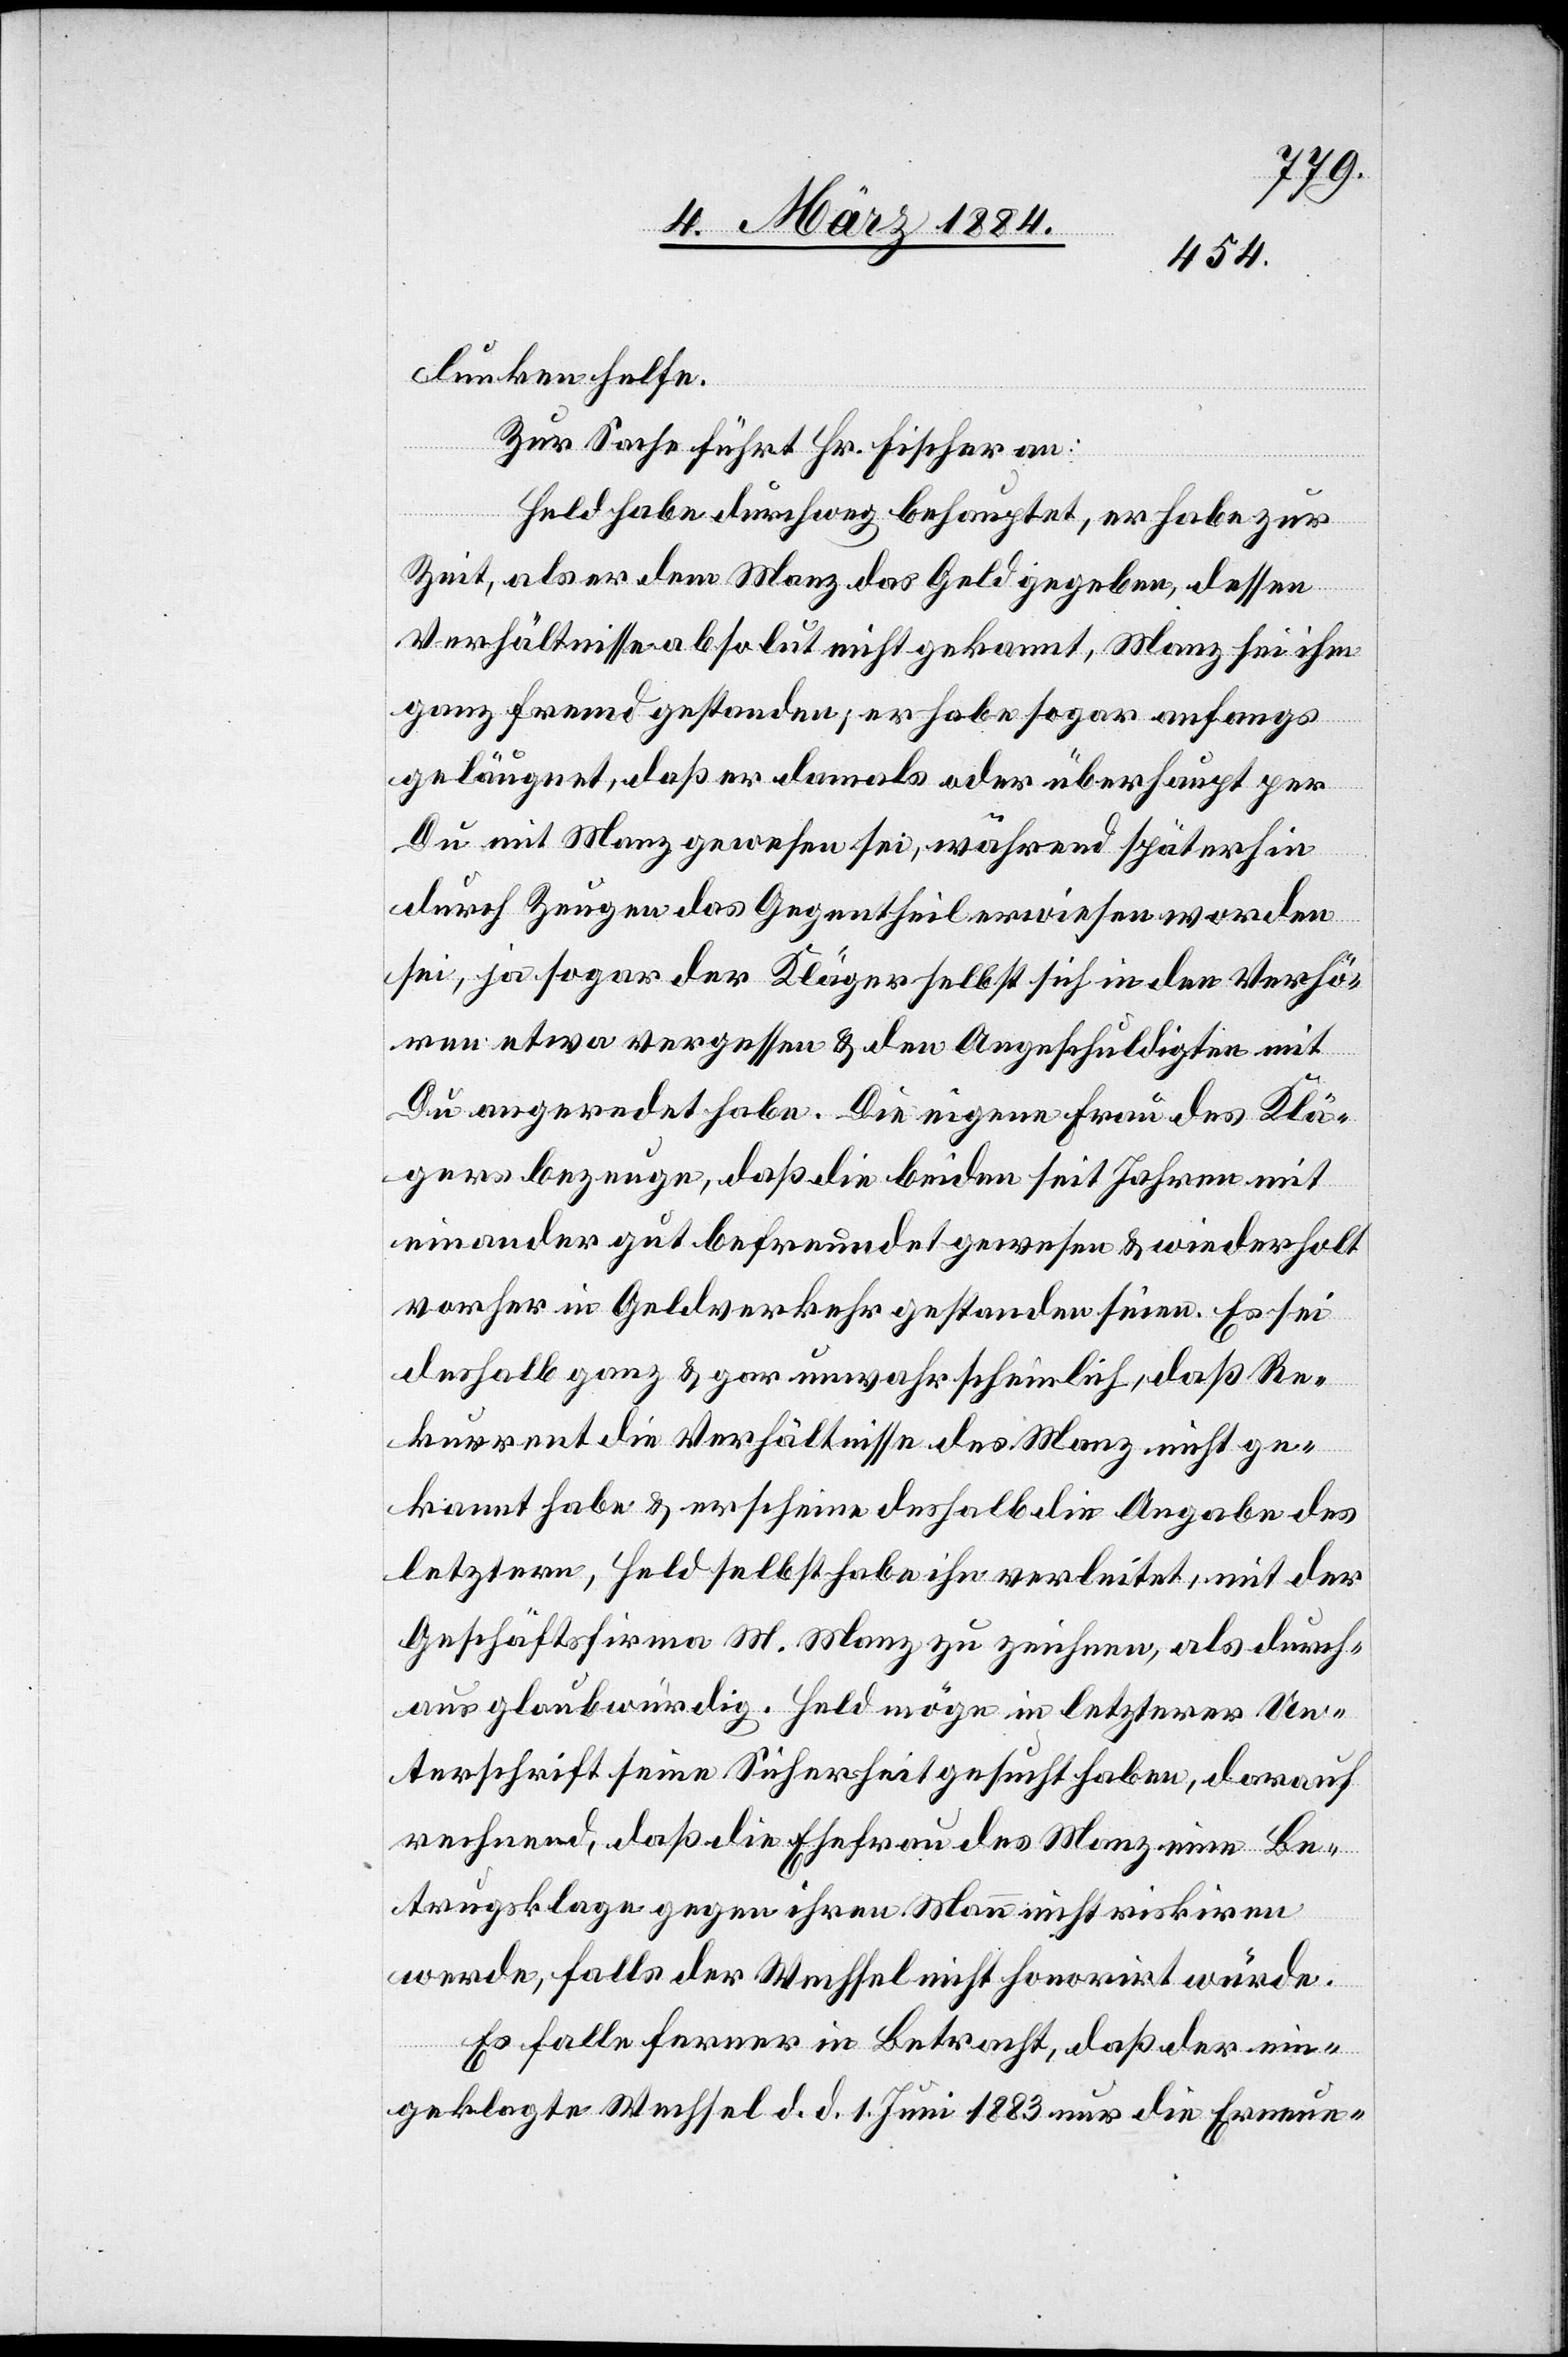
unken helfe.
Zur Sache führt Hr. Fischer an:
Held habe durchweg behauptet, er habe zur
Zeit, als er dem Manz das Geld gegeben, dessen
Verhältnisse absolut nicht gekannt, Manz sei ihm
ganz fremd gestanden; er habe sogar anfangs
geläugnet, daß er damals oder überhaupt per
Du mit Manz gewesen sei, während späterhin
durch Zeugen das Gegentheil erwiesen worden
sei, ja sogar der Kläger selbst sich in den Verhö¬
ren etwa vergessen & den Angeschuldigten mit
Du angeredet habe. Die eigene Frau des Klä¬
gers bezeuge, daß die beiden seit Jahren mit
einander gut befreundet gewesen & wiederholt
vorher in Geldverkehr gestanden seien. Es sei
deshalb ganz & gar unwahrscheinlich, daß Re¬
kurrent die Verhältnisse des Manz nicht ge¬
kannt habe & erscheine deshalb die Angabe des
letztern, Held selbst habe ihn verleitet, mit der
Geschäftsfirma M. Manz zu zeichnen, als durch¬
aus glaubwürdig. Held möge in letzterer Un¬
terschrift seine Sicherheit gesucht haben, darauf
rechnend, daß die Ehefrau des Manz einen Be¬
trugsklage gegen ihren Mann nicht riskiren
werde, falls der Wechsel nicht honorirt würde.
Es falle ferner in Betracht, daß der ein¬
geklagte Wechsel d. d. 1. Juni 1883 nur die Erneue-